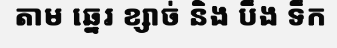
តាម ឆ្នេរ ខ្សាច់ និង បឹង ទឹក